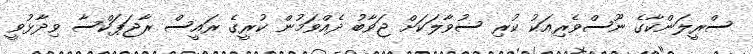
ސްރީލަންކާގެ ނޫސްވެރިއަކު ކުރި ސުވާލަކަށް ޖަވާބު ދެއްވަމުން ކުރީގެ ރައީސް ރާޖަޕަކްސާ ވިދާޅުވީ